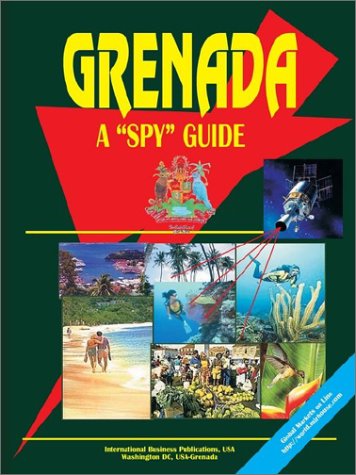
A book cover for Grenada a Spy Guide; Ibp Usa; Travel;